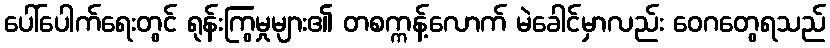
ပေါ်ပေါက်ရေးတွင် ရုန်းကြွမှုများ၏ တစက္ကန့်လောက် မဲခေါင်မှာလည်း ဝေဂတွေရသည်